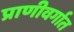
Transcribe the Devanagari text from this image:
प्राणीवर्गात